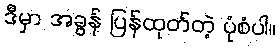
ဒီမှာ အခွန် ပြန်ထုတ်တဲ့ ပုံစံပါ။